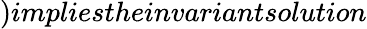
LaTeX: )impliestheinvariantsolution